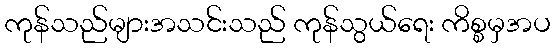
ကုန်သည်များအသင်းသည် ကုန်သွယ်ရေး ကိစ္စမှအပ